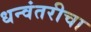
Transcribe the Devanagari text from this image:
धन्वंतरीचा